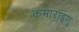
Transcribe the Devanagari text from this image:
कमाराइणु